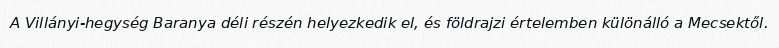
A Villányi-hegység Baranya déli részén helyezkedik el, és földrajzi értelemben különálló a Mecsektől.